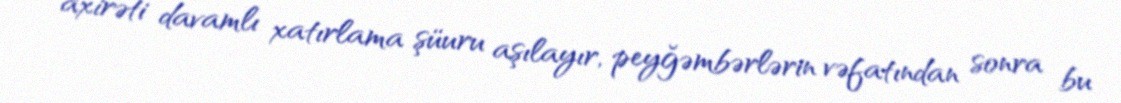
axirəti davamlı xatırlama şüuru aşılayır, peyğəmbərlərin vəfatından sonra bu